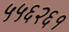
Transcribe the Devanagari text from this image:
५५६२६१